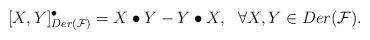
LaTeX: \begin{align*}[X,Y]^{\bullet}_{Der(\mathcal{F})}=X\bullet Y-Y\bullet X, \ \ \forall X, Y\in Der(\mathcal{F}).\end{align*}